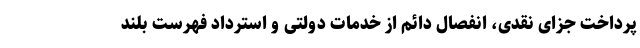
پرداخت جزای نقدی، انفصال دائم از خدمات دولتی و استرداد فهرست بلند